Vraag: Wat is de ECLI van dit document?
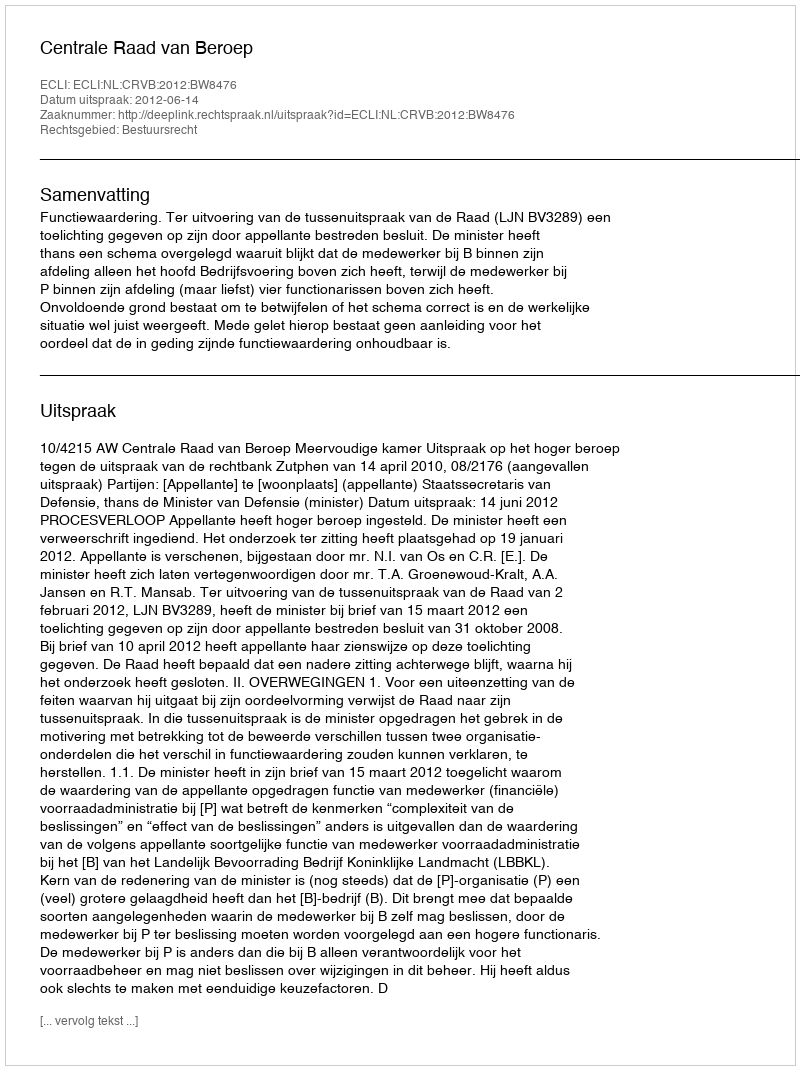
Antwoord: ECLI:NL:CRVB:2012:BW8476